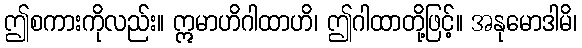
ဤစကားကိုလည်း။ ဣမာဟိဂါထာဟိ၊ ဤဂါထာတို့ဖြင့်။ အနုမောဒါမိ၊